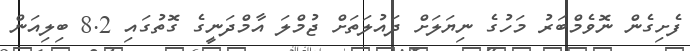
ފެށިގެން ނޮވެމްބަރު މަހުގެ ނިޔަލަށް ދައުލަތަށް ޖުމްލަ އާމްދަނީގެ ގޮތުގައި 8.2 ބިލިއަން